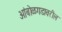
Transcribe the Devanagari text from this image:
आंबोळगडावरील